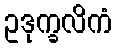
ဥဒုက္ခလိကံ